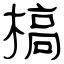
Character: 槁